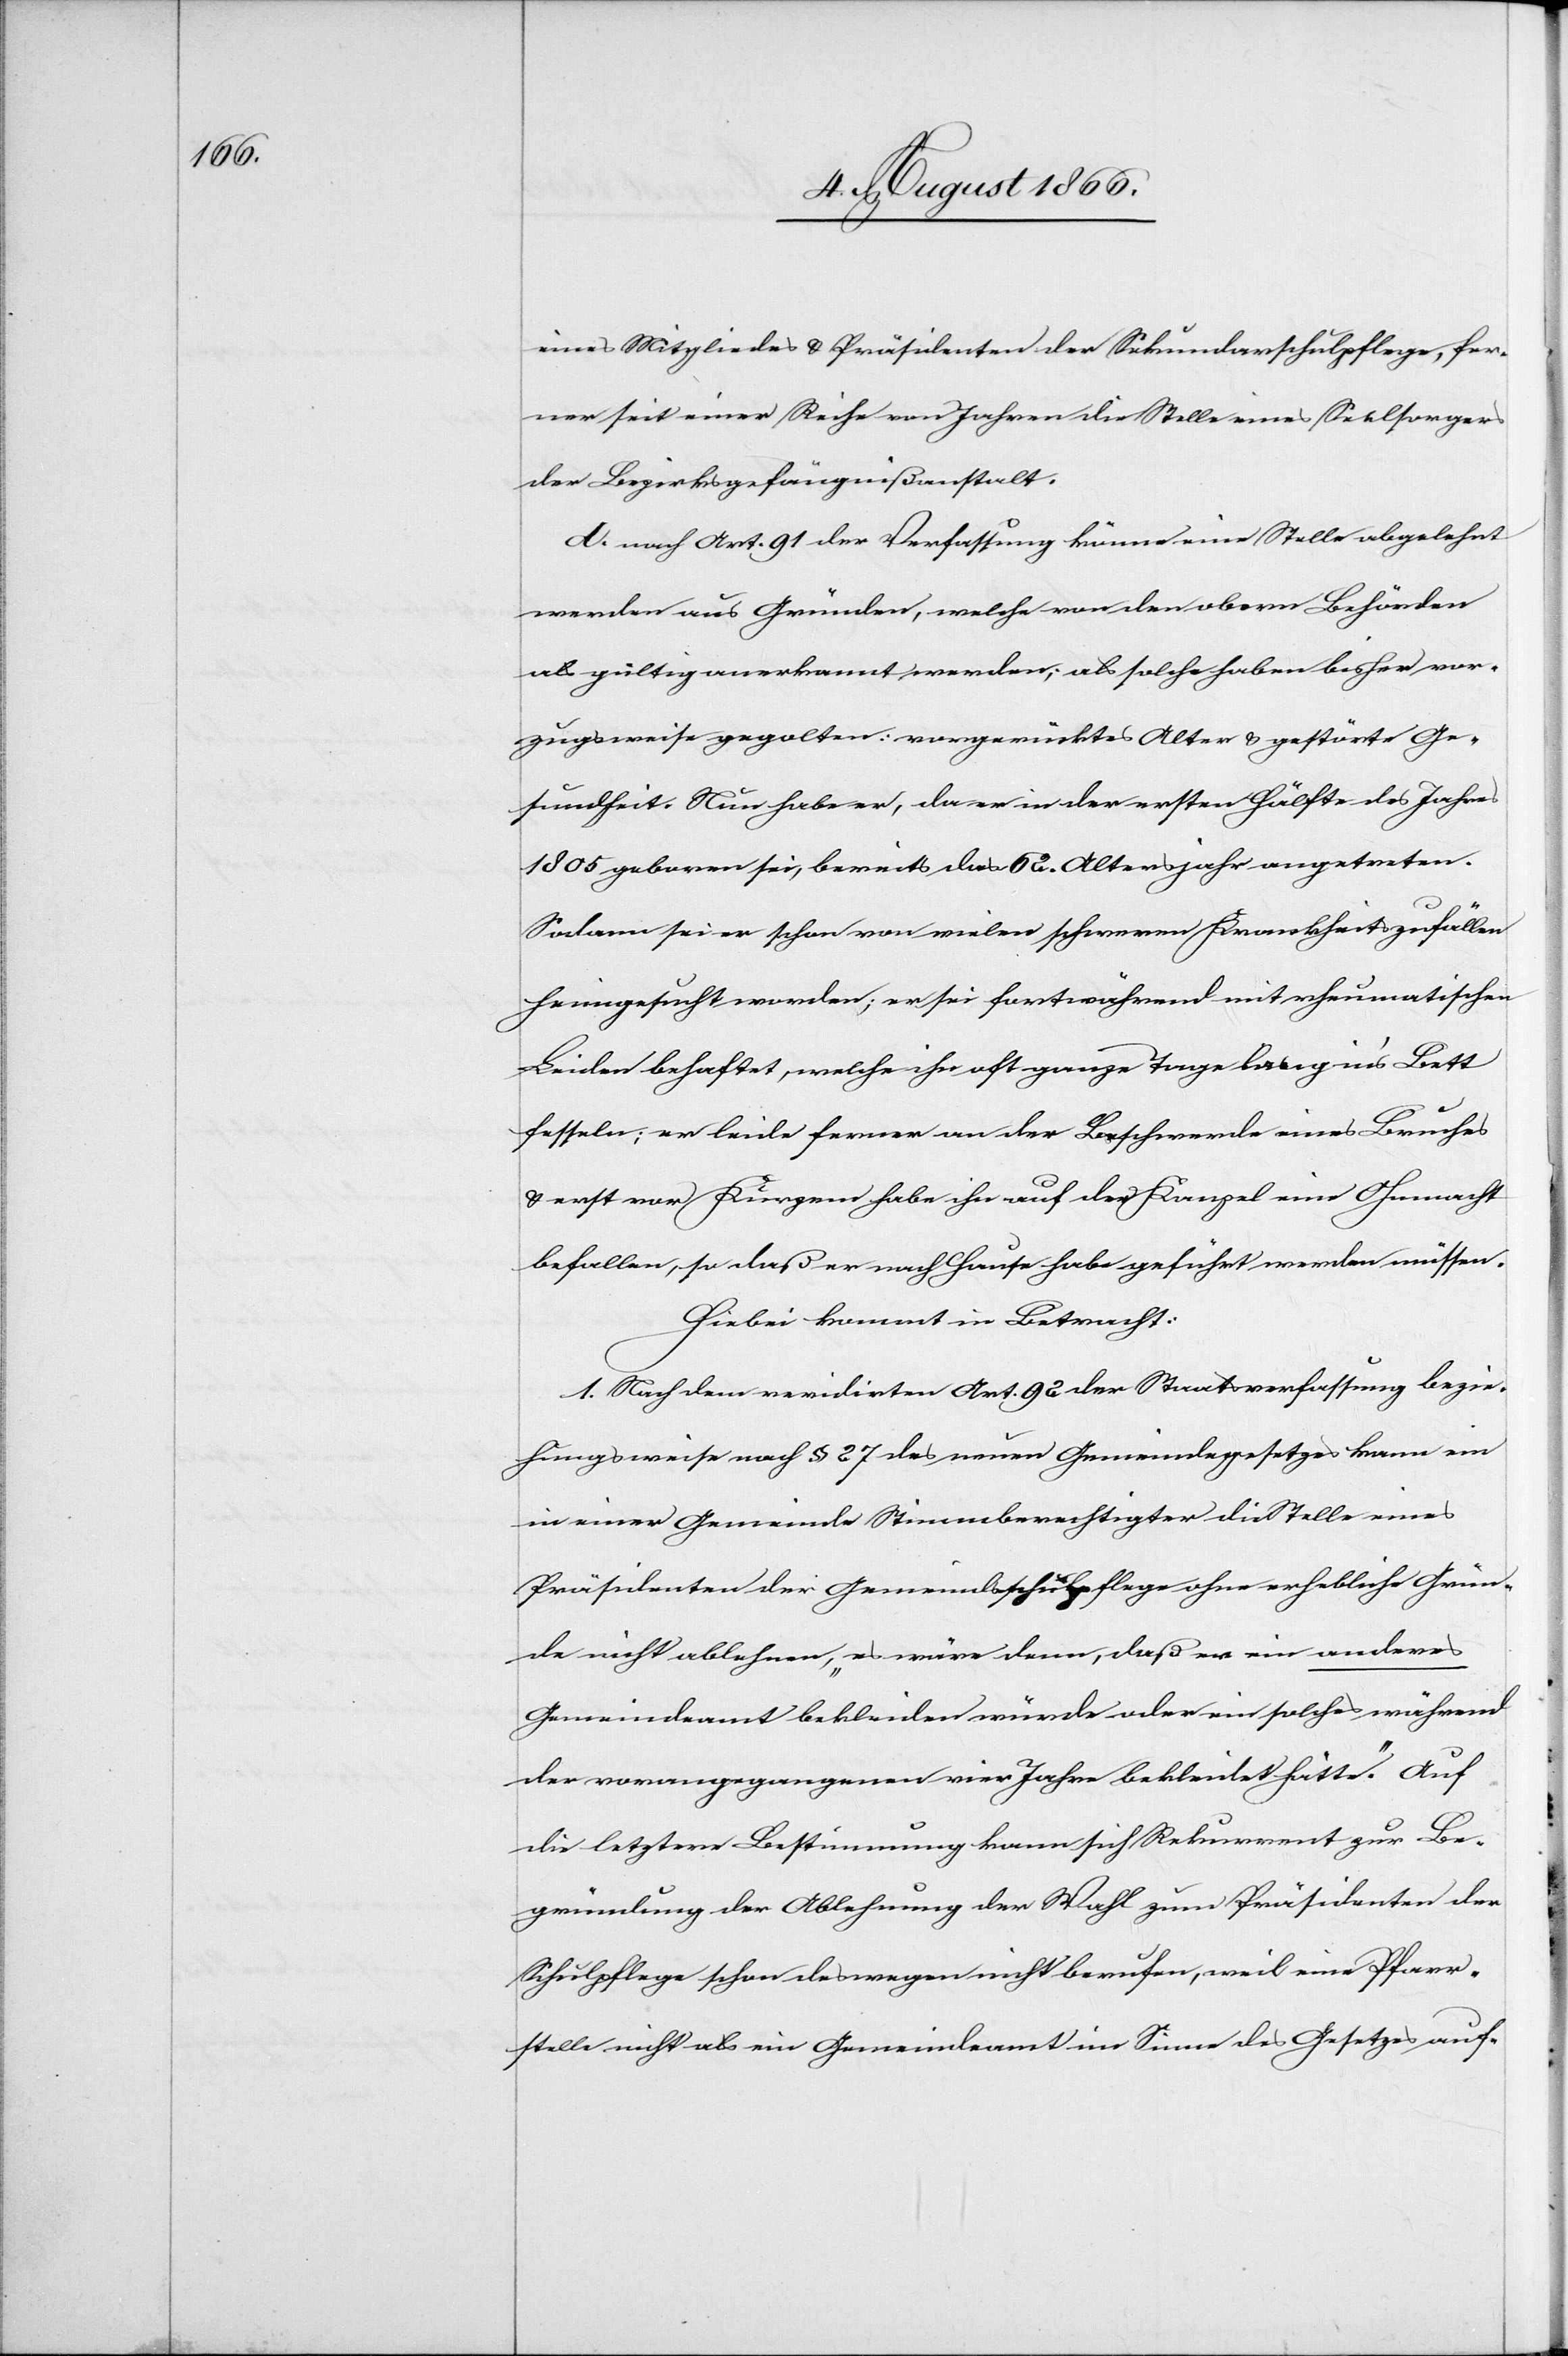
eines Mitgliedes u. Präsidenten der Sekundarschulpflege, fer¬
ner seit einer Reihe von Jahren die Stelle eines Seelsorgers
der Bezirksgefängnißanstalt.
d. nach Art. 91 der Verfassung könne eine Stelle abgelehnt
werden aus Gründen, welche von den obern Behörden
als gültig anerkannt werden; als solche haben bisher vor¬
zugsweise gegolten: vorgerücktes Alter u. gestörte Ge¬
sundheit. Nun habe er, da er in der ersten Hälfte des Jahres
1805 geboren sei, bereits das 62. Altersjahr angetreten.
Sodann sei er schon von vielen schweren Krankheitszufällen
heimgesucht worden; er sei fortwährend mit rheumatischen
Leiden behaftet, welche ihn oft ganze Tage lang in’s Bett
fesseln; er leide ferner an der Beschwerde eines Bruches
u. erst vor Kurzem habe ihn auf der Kanzel eine Ohnmacht
befallen, so daß er nach Hause habe geführt werden müssen.
Hiebei kommt in Betracht:
1. Nach dem revidirten Art. 92 der Staatsverfassung bezie¬
hungsweise nach § 27 des neuen Gemeindegesetzes kann ein
in einer Gemeinde Stimmberechtigter die Stelle eines
Präsidenten der Gemeindsschulpflege ohne erhebliche Grün¬
de nicht ablehnen, „es wäre denn, daß er ein anderes
Gemeindeamt bekleiden würde oder ein solches während
der vorangegangenen vier Jahre bekleidet hätte.“ Auf
die letztere Bestimmung kann sich Rekurrent zur Be¬
gründung der Ablehnung der Wahl zum Präsidenten der
Schulpflege schon deswegen nicht berufen, weil eine Pfarr¬
stelle nicht als ein Gemeindeamt im Sinne des Gesetzes auf-